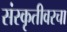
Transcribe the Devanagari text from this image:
संस्कृतीवरचा